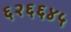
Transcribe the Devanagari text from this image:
६२६६४५